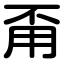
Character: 甭